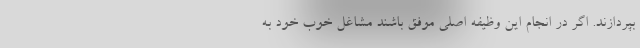
بپردازند. اگر در انجام این وظیفه اصلی موفق باشند مشاغل خوب خود به